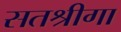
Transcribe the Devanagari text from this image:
सतश्रीगा